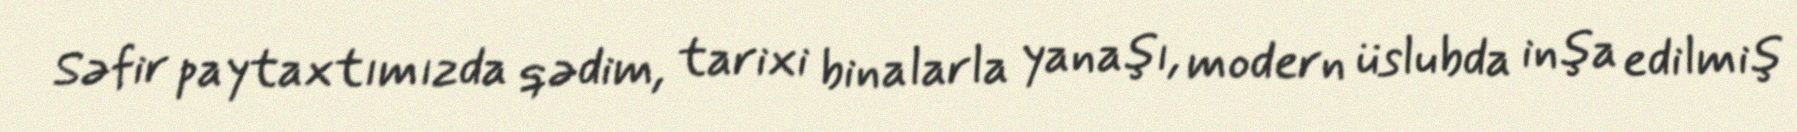
Səfir paytaxtımızda qədim, tarixi binalarla yanaşı, modern üslubda inşa edilmiş